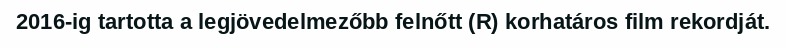
2016-ig tartotta a legjövedelmezőbb felnőtt (R) korhatáros film rekordját.